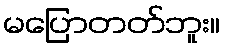
မပြောတတ်ဘူး။